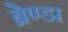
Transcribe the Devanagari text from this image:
ब्रेण्डा